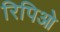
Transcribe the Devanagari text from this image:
रिपिओ